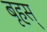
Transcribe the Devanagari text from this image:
बृहस्